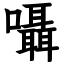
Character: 囁